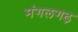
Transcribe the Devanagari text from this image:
मंगलगढ़